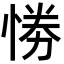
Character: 𢛗